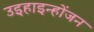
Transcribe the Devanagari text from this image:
उइहाइन्होंजन